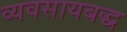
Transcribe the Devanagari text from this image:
व्यवसायबद्ध